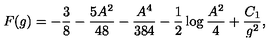
F ( g ) = - \frac { 3 } { 8 } - \frac { 5 A ^ { 2 } } { 4 8 } - \frac { A ^ { 4 } } { 3 8 4 } - \frac { 1 } { 2 } \log \frac { A ^ { 2 } } { 4 } + \frac { C _ { 1 } } { g ^ { 2 } } ,